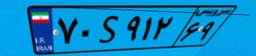
۴۸S۳۷۹۲۷